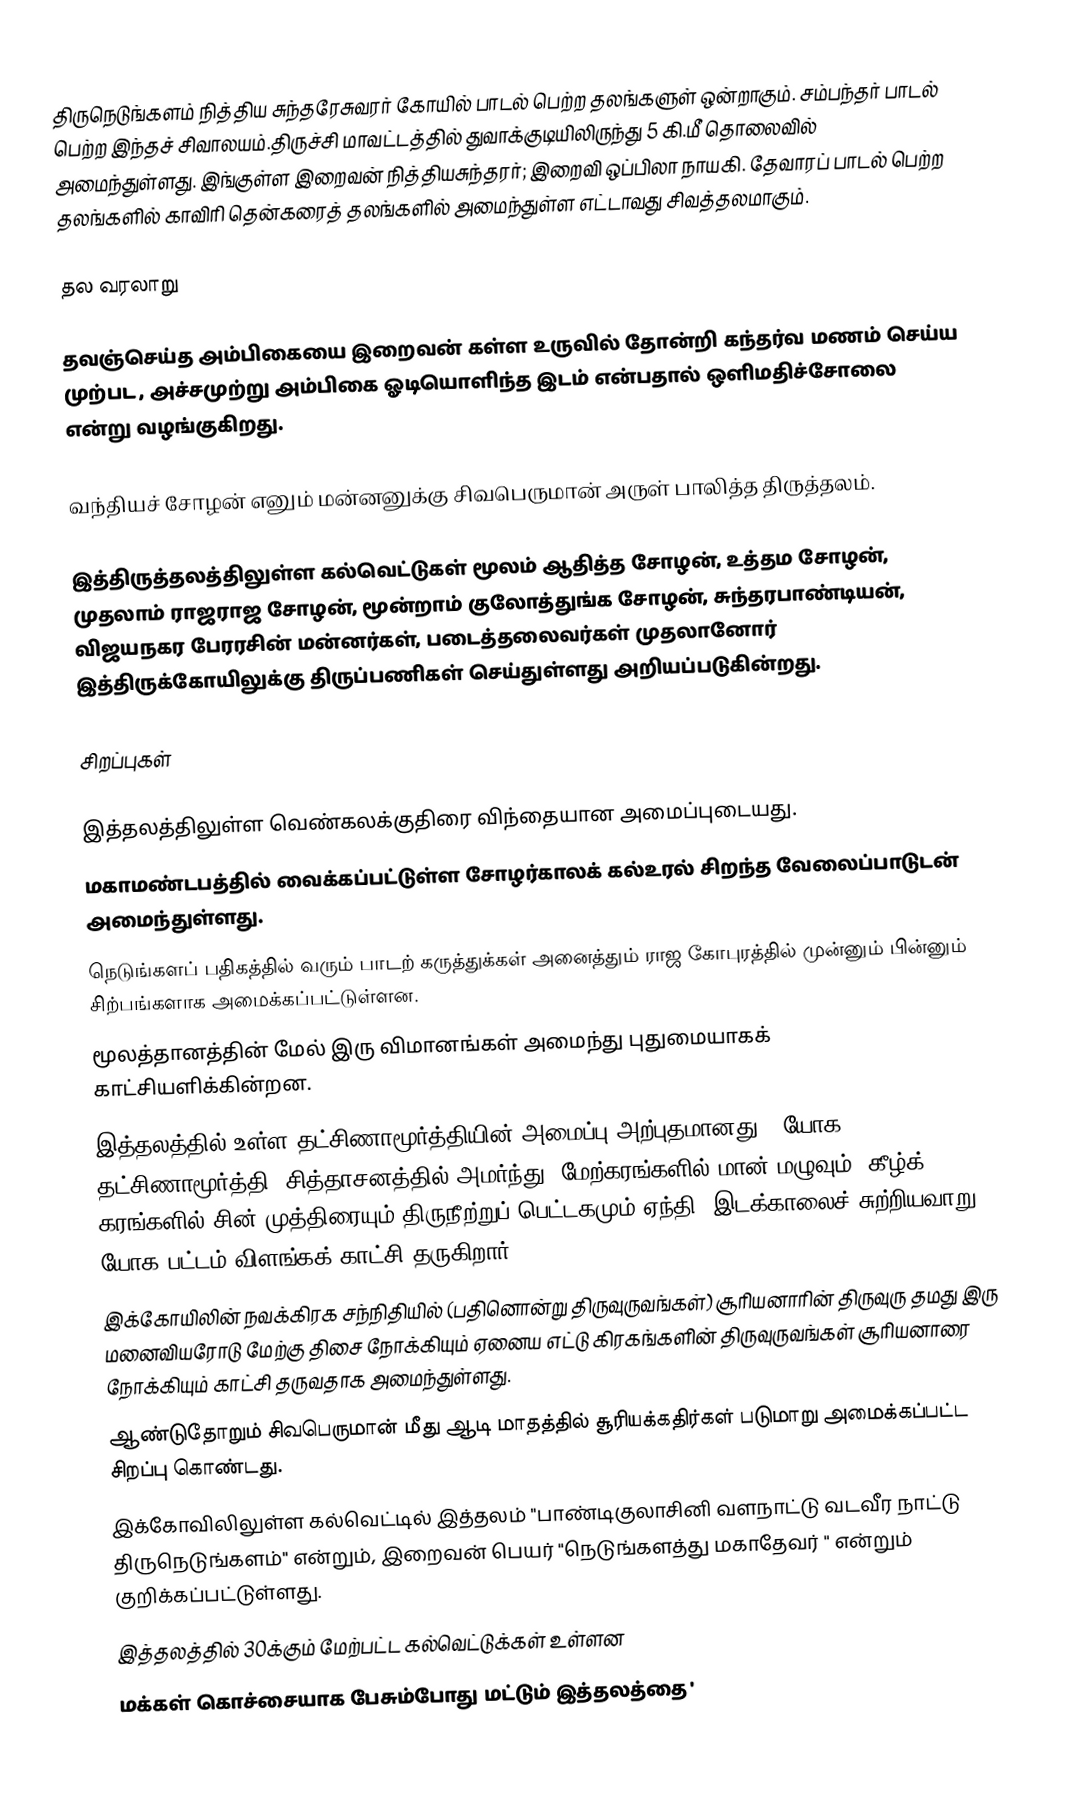
திருநெடுங்களம் நித்திய சுந்தரேசுவரர் கோயில் பாடல் பெற்ற தலங்களுள் ஒன்றாகும். சம்பந்தர் பாடல் பெற்ற இந்தச் சிவாலயம்.திருச்சி மாவட்டத்தில் துவாக்குடியிலிருந்து 5 கி.மீ தொலைவில் அமைந்துள்ளது. இங்குள்ள இறைவன் நித்தியசுந்தரர்; இறைவி ஒப்பிலா நாயகி. தேவாரப் பாடல் பெற்ற தலங்களில் காவிரி தென்கரைத் தலங்களில் அமைந்துள்ள எட்டாவது சிவத்தலமாகும்.

தல வரலாறு

தவஞ்செய்த அம்பிகையை இறைவன் கள்ள உருவில் தோன்றி கந்தர்வ மணம் செய்ய முற்பட , அச்சமுற்று அம்பிகை ஓடியொளிந்த இடம் என்பதால் ஒளிமதிச்சோலை என்று வழங்குகிறது.

வந்தியச் சோழன் எனும் மன்னனுக்கு சிவபெருமான் அருள் பாலித்த திருத்தலம்.

இத்திருத்தலத்திலுள்ள கல்வெட்டுகள் மூலம் ஆதித்த சோழன், உத்தம சோழன், முதலாம் ராஜராஜ சோழன், மூன்றாம் குலோத்துங்க சோழன், சுந்தரபாண்டியன், விஜயநகர பேரரசின் மன்னர்கள், படைத்தலைவர்கள் முதலானோர் இத்திருக்கோயிலுக்கு திருப்பணிகள் செய்துள்ளது அறியப்படுகின்றது.

சிறப்புகள்

இத்தலத்திலுள்ள வெண்கலக்குதிரை விந்தையான அமைப்புடையது.
மகாமண்டபத்தில் வைக்கப்பட்டுள்ள சோழர்காலக் கல்உரல் சிறந்த வேலைப்பாடுடன் அமைந்துள்ளது.
நெடுங்களப் பதிகத்தில் வரும் பாடற் கருத்துக்கள் அனைத்தும் ராஜ கோபுரத்தில் முன்னும் பின்னும் சிற்பங்களாக அமைக்கப்பட்டுள்ளன.
மூலத்தானத்தின் மேல் இரு விமானங்கள் அமைந்து புதுமையாகக் காட்சியளிக்கின்றன.
இத்தலத்தில் உள்ள தட்சிணாமூர்த்தியின் அமைப்பு அற்புதமானது - யோக தட்சிணாமூர்த்தி, சித்தாசனத்தில் அமர்ந்து, மேற்கரங்களில் மான் மழுவும், கீழ்க் கரங்களில் சின் முத்திரையும் திருநீற்றுப் பெட்டகமும் ஏந்தி, இடக்காலைச் சுற்றியவாறு யோக பட்டம் விளங்கக் காட்சி தருகிறார்.
இக்கோயிலின் நவக்கிரக சந்நிதியில் (பதினொன்று திருவுருவங்கள்) சூரியனாரின் திருவுரு தமது இரு மனைவியரோடு மேற்கு திசை நோக்கியும் ஏனைய எட்டு கிரகங்களின் திருவுருவங்கள் சூரியனாரை நோக்கியும் காட்சி தருவதாக அமைந்துள்ளது.
ஆண்டுதோறும் சிவபெருமான் மீது ஆடி மாதத்தில் சூரியக்கதிர்கள் படுமாறு அமைக்கப்பட்ட சிறப்பு கொண்டது.
இக்கோவிலிலுள்ள கல்வெட்டில் இத்தலம் "பாண்டிகுலாசினி வளநாட்டு வடவீர நாட்டு திருநெடுங்களம்" என்றும், இறைவன் பெயர் "நெடுங்களத்து மகாதேவர் " என்றும் குறிக்கப்பட்டுள்ளது.
இத்தலத்தில் 30க்கும் மேற்பட்ட கல்வெட்டுக்கள் உள்ளன
மக்கள் கொச்சையாக பேசும்போது மட்டும் இத்தலத்தை '